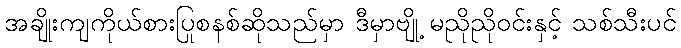
အချိုးကျကိုယ်စားပြုစနစ်ဆိုသည်မှာ ဒီမှာဗျို့ မညိုညိုဝင်းနှင့် သစ်သီးပင်